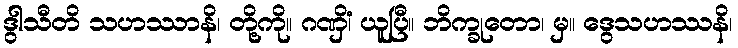
ဒွါသီတိ သဟဿာနိ၊ တို့ကို။ ဂဏှိံ၊ ယူပြီ။ ဘိက္ခုတော၊ မှ။ ဒွေသဟဿနိ၊